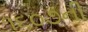
૧૬૦૭ની